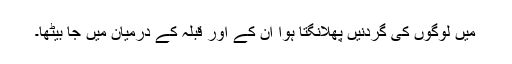
میں لوگوں کی گردنیں پھلانگتا ہوا ان کے اور قبلہ کے درمیان میں جا بیٹھا۔